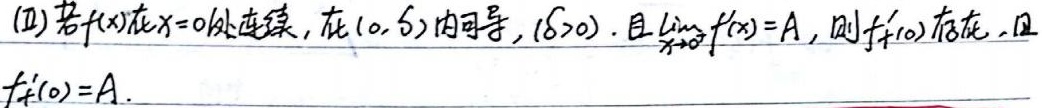
(2)若\(f(x)\)在\(x = 0\)处连续，在\((0,\delta)\)内可导，\((\delta>0)\). 且\(\lim\limits_{x \to 0^{+}}f'(x)=A\)，则\(f_{+}'(0)\)存在，且
\(f_{+}'(0)=A\).